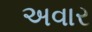
અવાર